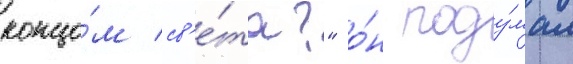
концо́м св'е́та?" о́н поду́мал